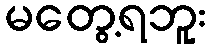
မတွေ့ရဘူး